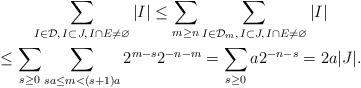
LaTeX: \begin{gather*}\sum_{I\in\mathcal D,\,I\subset J,\, I\cap E\not=\varnothing} |I|\le \sum_{m\ge n}\sum_{I\in\mathcal D_m,\,I\subset J,\, I\cap E\not=\varnothing} |I| \\ \le \sum_{s\ge 0}\sum_{sa\le m<(s+1)a} 2^{m-s}2^{-n-m}=\sum_{s\ge 0}a2^{-n-s}=2a|J|.\end{gather*}